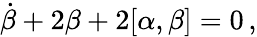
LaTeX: \dot{\beta}+2\beta+2[\alpha,\beta]=0\, ,